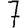
Digit: 7